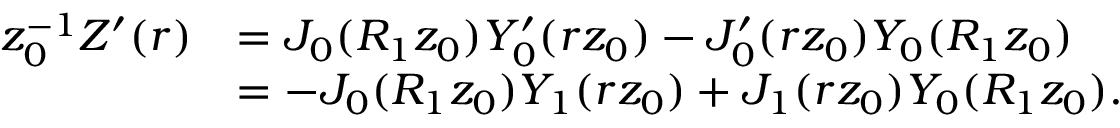
\begin{array} { r l } { z _ { 0 } ^ { - 1 } Z ^ { \prime } ( r ) } & { = J _ { 0 } ( R _ { 1 } z _ { 0 } ) Y _ { 0 } ^ { \prime } ( r z _ { 0 } ) - J _ { 0 } ^ { \prime } ( r z _ { 0 } ) Y _ { 0 } ( R _ { 1 } z _ { 0 } ) } \\ & { = - J _ { 0 } ( R _ { 1 } z _ { 0 } ) Y _ { 1 } ( r z _ { 0 } ) + J _ { 1 } ( r z _ { 0 } ) Y _ { 0 } ( R _ { 1 } z _ { 0 } ) . } \end{array}